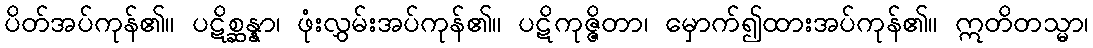
ပိတ်အပ်ကုန်၏။ ပဋိစ္ဆန္နာ၊ ဖုံးလွှမ်းအပ်ကုန်၏။ ပဋိကုဇ္ဇိတာ၊ မှောက်၍ထားအပ်ကုန်၏။ ဣတိတသ္မာ၊